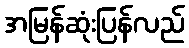
အမြန်ဆုံးပြန်လည်